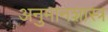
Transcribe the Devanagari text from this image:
अनुमानशास्त्र